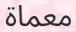
معماة